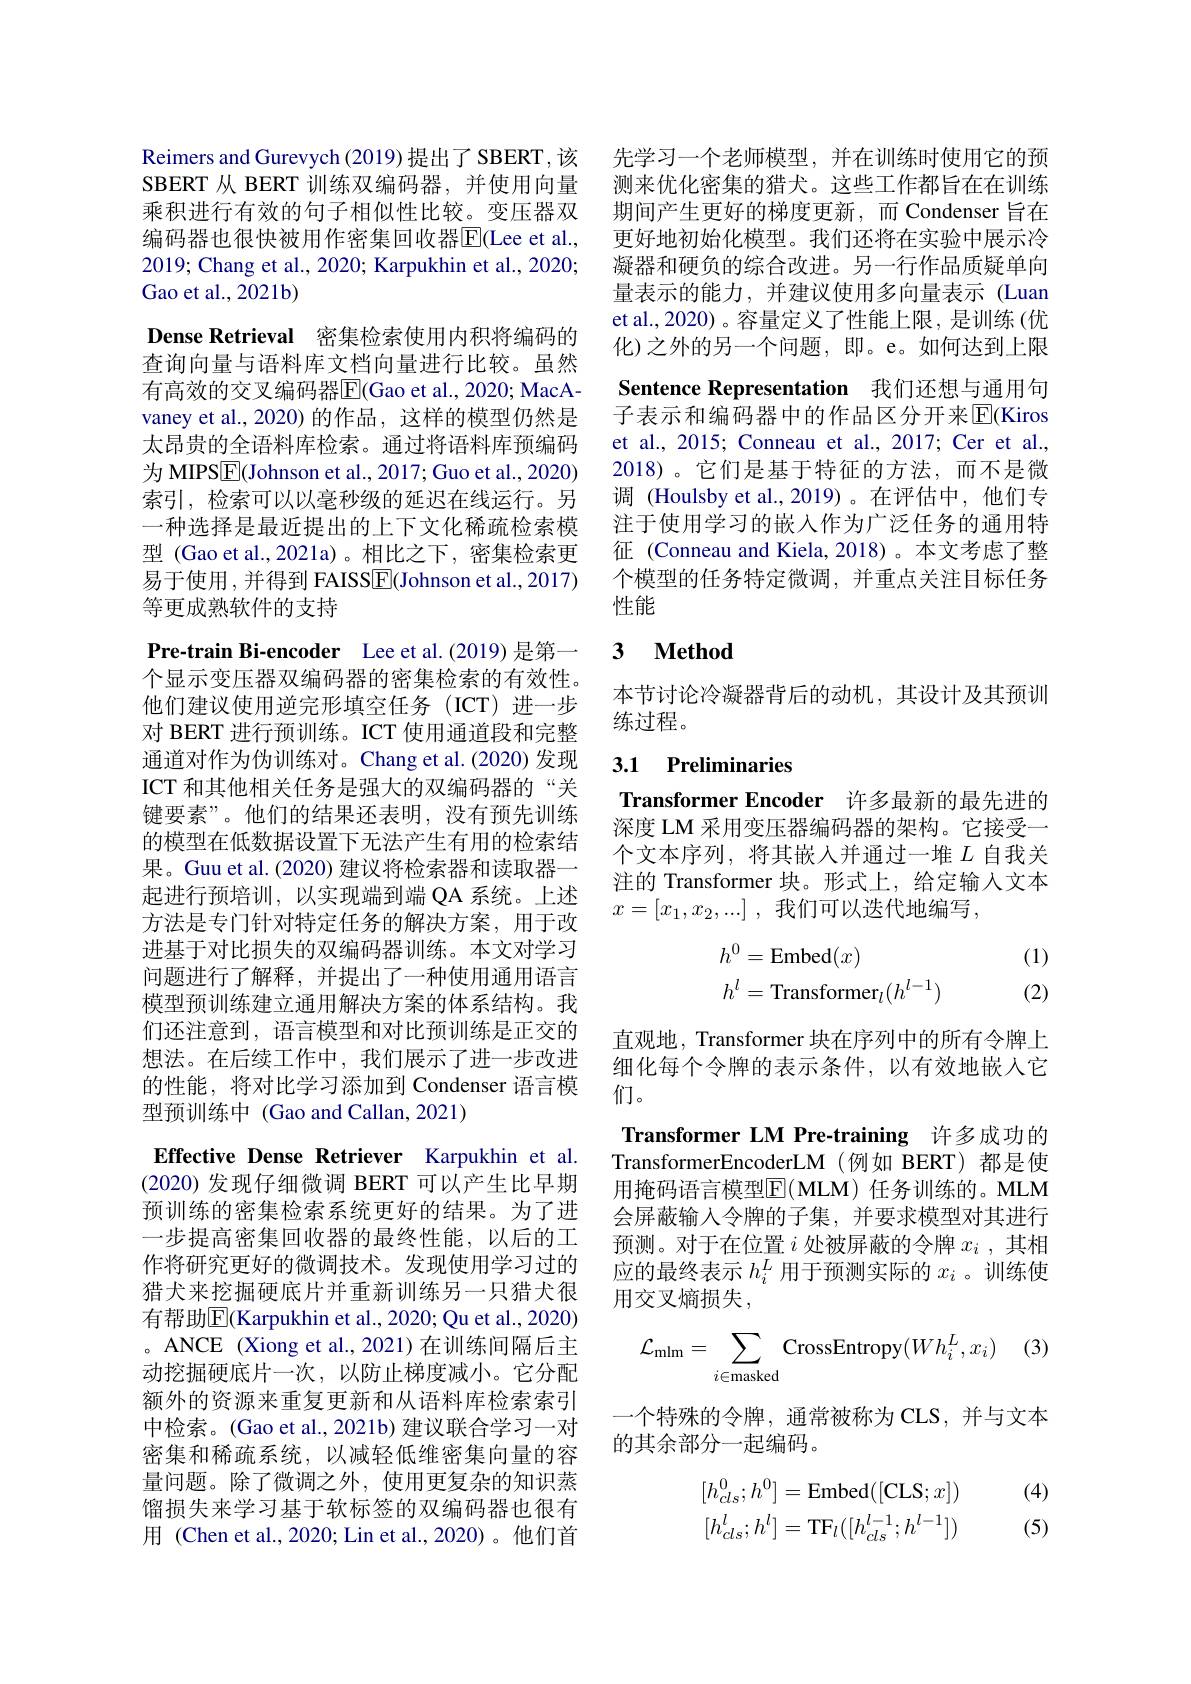
Reimers and Gurevych (2019) 提出了SBERT，该SBERT 从 BERT 训练双编码器，并使用向量乘积进行有效的句子相似性比较。变压器双编码器也很快被用作密集回收器$\overline{\mathrm{E}}($Lee et al., 2019; Chang et al., 2020; Karpukhin et al., 2020; Gao et al., 2021b)
Dense Retrieval 密集检索使用内积将编码的查询向量与语料库文档向量进行比较。虽然有高效的交叉编码器$\overline{\mathrm{F}}($Gao et al., 2020; MacAvaney et al., 2020) 的作品 , 这样的模型仍然是太昂贵的全语料库检索。通过将语料库预编码为 MIPS$\boxed{\mathrm{E}}($Johnson et al., 2017; Guo et al., 2020) 索引，检索可以以毫秒级的延迟在线运行。另一种选择是最近提出的上下文化稀疏检索模型 (Gao et al.,2021a)。相比之下，密集检索更易于使用，并得到 FAISSE(Johnson et al.,2017) 等更成熟软件的支持
Pre-train Bi-encoder Lee et al.(2019) 是第一个显示变压器双编码器的密集检索的有效性。他们建议使用逆完形填空任务(ICT)进一步对 BERT 进行预训练。ICT 使用通道段和完整通道对作为伪训练对。Chang et al.(2020)发现ICT 和其他相关任务是强大的双编码器的“关键要素”。他们的结果还表明，没有预先训练的模型在低数据设置下无法产生有用的检索结果。Guu et al. (2020) 建议将检索器和读取器一起进行预培训，以实现端到端 QA 系统。上述方法是专门针对特定任务的解决方案，用于改进基于对比损失的双编码器训练。本文对学习问题进行了解释，并提出了一种使用通用语言模型预训练建立通用解决方案的体系结构。我们还注意到，语言模型和对比预训练是正交的想法。在后续工作中，我们展示了进一步改进的性能，将对比学习添加到 Condenser 语言模型预训练中 (Gao and Callan, 2021)
Effective Dense Retriever Karpukhin et al. (2020)发现仔细微调 BERT 可以产生比早期预训练的密集检索系统更好的结果。为了进一步提高密集回收器的最终性能，以后的工作将研究更好的微调技术。发现使用学习过的猎犬来挖掘硬底片并重新训练另一只猎犬很有帮助$\overline{\mathrm{E}}($Karpukhin et al., 2020; Qu et al., 2020) 。ANCE (Xiong et al., 2021)在训练间隔后主动挖掘硬底片一次，以防止梯度减小。它分配额外的资源来重复更新和从语料库检索索引中检索。(Gao et al., 2021b) 建议联合学习一对密集和稀疏系统，以减轻低维密集向量的容量问题。除了微调之外，使用更复杂的知识蒸馏损失来学习基于软标签的双编码器也很有用 (Chen et al., 2020; Lin et al., 2020)。他们首

先学习一个老师模型，并在训练时使用它的预测来优化密集的猎犬。这些工作都旨在在训练期间产生更好的梯度更新，而 Condenser 旨在更好地初始化模型。我们还将在实验中展示冷凝器和硬负的综合改进。另一行作品质疑单向量表示的能力，并建议使用多向量表示(Luan et al., 2020) 。容量定义了性能上限 , 是训练 (优化)之外的另一个问题，即。e。如何达到上限Sentence Representation 我们还想与通用句子表示和编码器中的作品区分开来$\overline{\mathrm{E}}($Kiros et al., 2015; Conneau et al., 2017; Cer et al., 2018)。它们是基于特征的方法，而不是微调 (Houlsby et al.,2019)。在评估中，他们专注于使用学习的嵌入作为广泛任务的通用特征 (Conneau and Kiela, 2018)。本文考虑了整个模型的任务特定微调，并重点关注目标任务性能

## 3 $\textbf{Method}$

本节讨论冷凝器背后的动机，其设计及其预训
练过程。

3.1 Preliminaries

Transformer Encoder 许多最新的最先进的

深度 LM 采用变压器编码器的架构。它接受一个文本序列，将其嵌入并通过一堆$L$自我关注的 Transformer 块。形式上，给定输入文本$x= [ x_1, x_2, . . . ]$ , 我们可以迭代地编写，
$$\begin{aligned}h^0&=\text{Embed}(x)\\h^l&=\text{Transformer}_l(h^{l-1})\end{aligned}$$
(1) (2)

直观地，Transformer 块在序列中的所有令牌上细化每个令牌的表示条件，以有效地嵌人它们。
Transformer LM Pre-training 许多成功的TransformerEncoderLM (例如 BERT) 都是使用掩码语言模型$\overline{\mathbb{E}}($MLM)任务训练的。MLM 会屏蔽输入令牌的子集，并要求模型对其进行预测。对于在位置$i$处被屏蔽的令牌$x_i$,其相应的最终表示$h_i^L$用于预测实际的$x_i$ 。训练使用交叉熵损失，
$$\mathcal{L}_{\mathrm{mlm}}=\sum_{i\in\mathrm{masked}}\mathrm{CrossEntropy}(Wh_i^L,x_i)$$
一个特殊的令牌，通常被称为 CLS,并与文本
的其余部分一起编码。
$$\begin{aligned}[h_{cls}^0;h^0]&=\mathrm{Embed}([\mathrm{CLS};x])\\[h_{cls}^l;h^l]&=\mathrm{TF}_l([h_{cls}^{l-1};h^{l-1}])\end{aligned}$$
(4) (5)